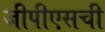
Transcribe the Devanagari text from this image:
जीपीएसची